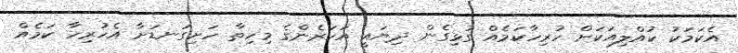
އެކަމަކު ކުއްލިއަކަށް ހުރިހާކަމެއް ގުޅިގެން ދިޔައީ އަހަރެންގެ މިހިތާ ހަށިގަނޑަށާ އެހުރިހާ ކަމެއް